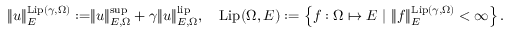
\begin{array} { r } { \rVert u \rVert _ { E } ^ { \mathrm { L i p } ( \gamma , \Omega ) } : = \rVert u \rVert _ { E , \Omega } ^ { \operatorname* { s u p } } + \gamma \rVert u \rVert _ { E , \Omega } ^ { \mathrm { l i p } } , \quad \mathrm { L i p } ( \Omega , E ) : = \left\{ f : \Omega \mapsto E \ | \ \rVert f \rVert _ { E } ^ { \mathrm { L i p } ( \gamma , \Omega ) } < \infty \right\} . } \end{array}